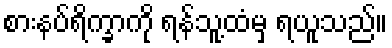
စားနပ်ရိက္ခာကို ရန်သူ့ထံမှ ရယူသည်။